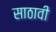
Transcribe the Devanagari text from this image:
साठावी